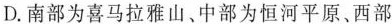
D.南部为喜马拉雅山、中部为恒河平原、西部